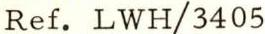
Ref. LWH/3405